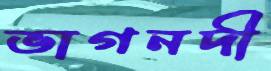
ভাগনদী